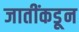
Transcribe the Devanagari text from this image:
जातींकडून